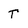
Character: T